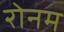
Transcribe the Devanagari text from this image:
रोनम